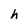
Character: h